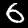
Digit: 6